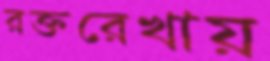
রক্তরেখায়